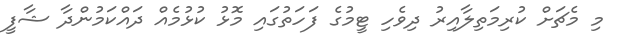
މި މެޗަށް ކުރިމަތިލާއިރު ދިވެހި ޓީމުގެ ފަހަތުގައި މޮޅު ކުޅުމެއް ދައްކަމުންދާ ޝާފީ